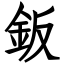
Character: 鈑